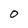
Character: 0